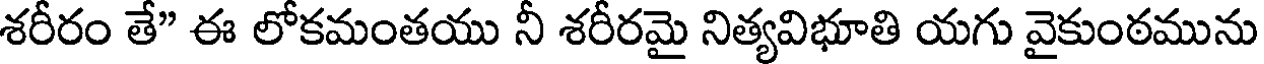
శరీరం తే" ఈ లోకమంతయు నీ శరీరమై నిత్యవిభూతి యగు వైకుంఠమును